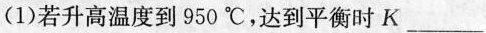
(1)若升高温度到950℃，达到平衡时K___